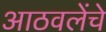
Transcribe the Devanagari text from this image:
आठवलेंचे